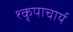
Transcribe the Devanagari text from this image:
१कृपाचार्य